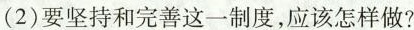
(2)要坚持和完善这一制度，应该怎样做?